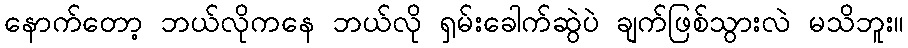
နောက်တော့ ဘယ်လိုကနေ ဘယ်လို ရှမ်းခေါက်ဆွဲပဲ ချက်ဖြစ်သွားလဲ မသိဘူး။